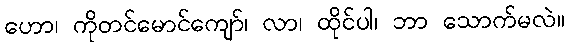
ဟော၊ ကိုတင်မောင်ကျော်၊ လာ၊ ထိုင်ပါ၊ ဘာ သောက်မလဲ။